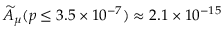
\widetilde { A } _ { \mu } ( p \leq 3 . 5 \times 1 0 ^ { - 7 } ) \approx 2 . 1 \times 1 0 ^ { - 1 5 }